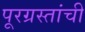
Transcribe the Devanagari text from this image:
पूरग्रस्तांची